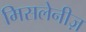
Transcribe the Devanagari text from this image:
मिसलेनीज़